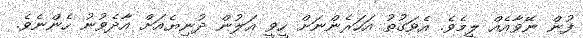
ފުން ނޭވާއެއް ލީމެވެ. އެވަގުތު އަހަރެންނަށް ހީވީ އަލުން ދުނިޔެއަށް އާދެވުނު ހެންނެވެ.